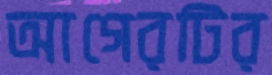
আগেরটির